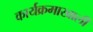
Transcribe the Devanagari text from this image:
कार्यक्रमाखाली